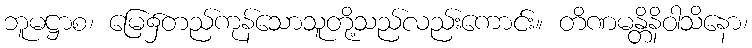
ဘူမဋ္ဌာစ၊ မြေ၌တည်ကုန်သောသူတို့သည်လည်းကောင်း။ တိဏမန္တိနိဝါသိနော၊